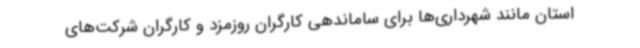
استان مانند شهرداری‌ها برای ساماندهی کارگران روزمزد و کارگران شرکت‌های